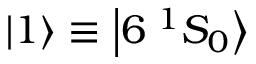
\ensuremath { \left| 1 \right\rangle } \equiv \ensuremath { \left| 6 \; ^ { 1 } S _ { 0 } \right\rangle }